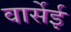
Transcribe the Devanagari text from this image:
वार्सेई